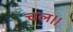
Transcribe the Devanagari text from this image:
चल।।